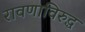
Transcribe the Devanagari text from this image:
रावणाविरुद्ध